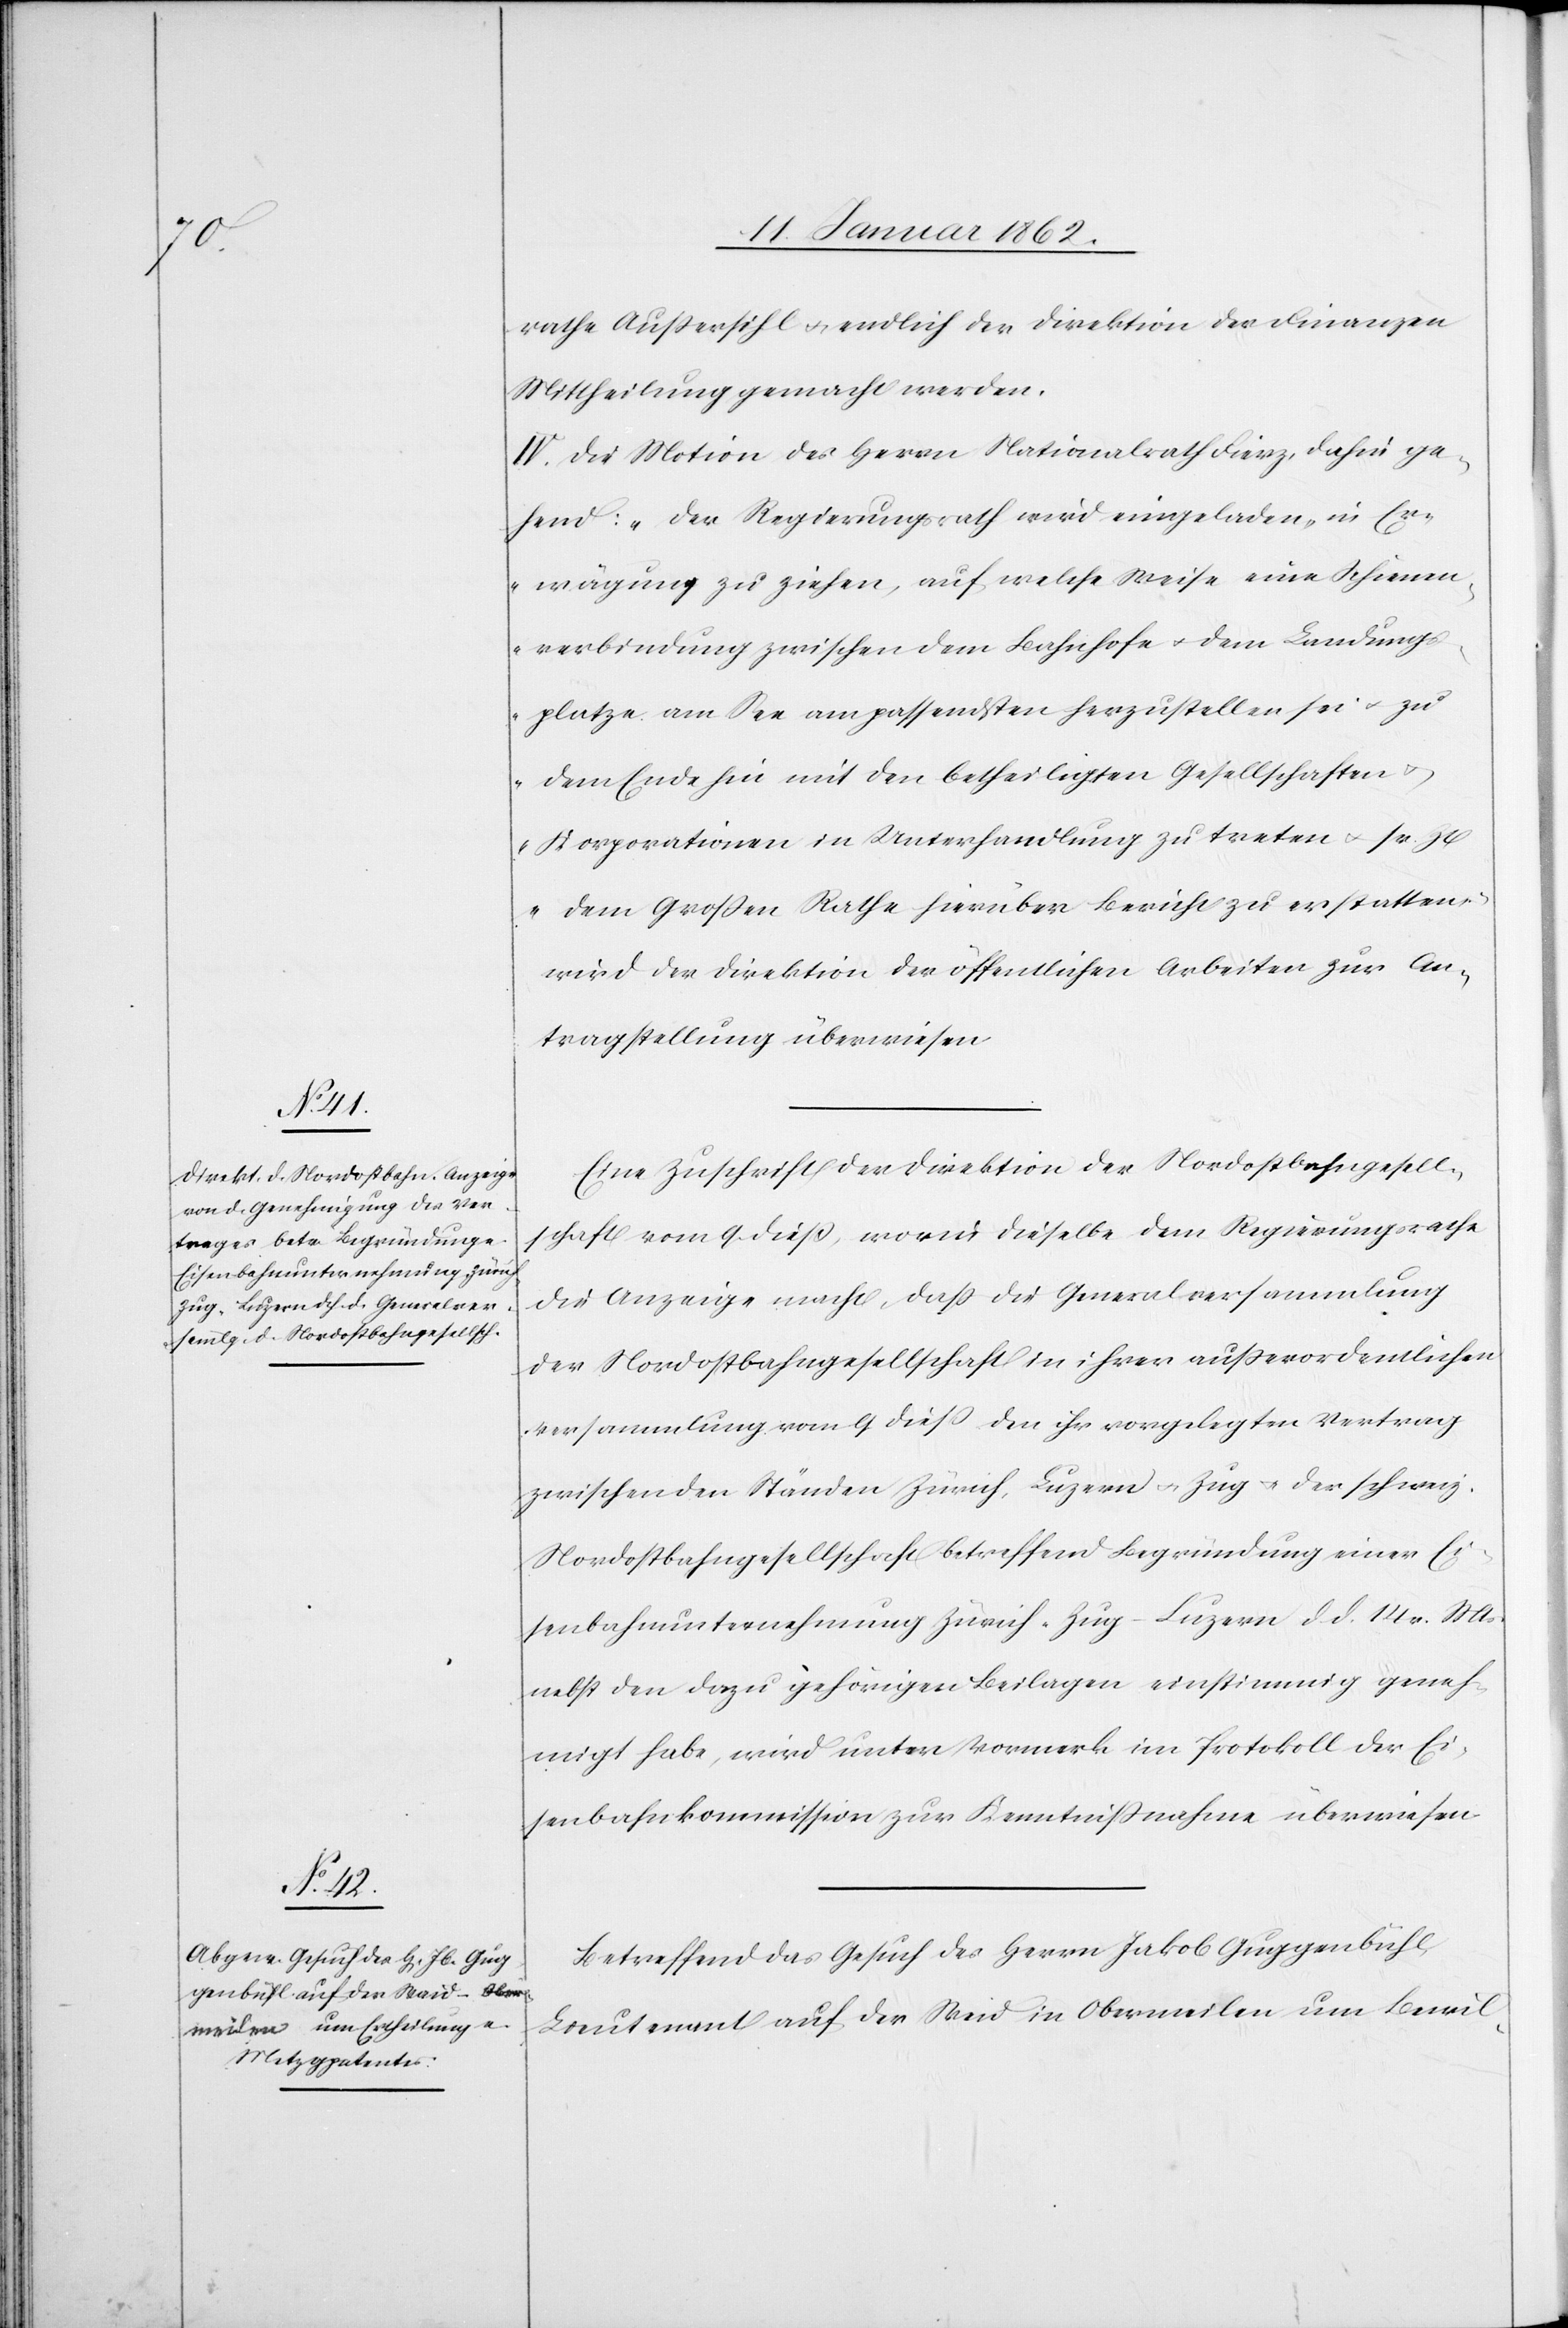
rathe Außersihl u. endlich der Direktion der Finanzen
Mittheilung gemacht werden.
IV. Die Motion des Herrn Nationalrath Fierz, dahin ge¬
hend: „Der Regierungsrath wird eingeladen, in Er¬
wägung zu ziehen, auf welche Weise eine Schienen¬
verbindung zwischen dem Bahnhofe u. dem Landungs¬
platze am See am passendsten herzustellen sei u. zu
dem Ende hin mit den betheiligten Gesellschaften u.
Korporationen in Unterhandlung zu treten u. sr. Z¬
t dem Großen Rathe hierüber Bericht zu erstatten“,
wird der Direktion der öffentlichen Arbeiten zur An¬
tragstellung überwiesen.
Eine Zuschrift der Direktion der Nordostbahngesell¬
schaft vom 9. dieß, worin dieselbe dem Regierungsrathe
die Anzeige macht, daß die Generalversammlung
der Nordostbahngesellschaft in ihrer außerordentlichen
Versammlung vom 9 dieß den ihr vorgelegten Vertrag
zwischen den Ständen Zürich, Luzern u. Zug u. der schweiz.
Nordostbahngesellschaft betreffend Begründung einer Ei¬
senbahnunternehmung Zürich–Zug–Luzern d. d. 14 v. Mts.
nebst den dazu gehörigen Beilagen einstimmig geneh¬
migt habe, wird unter Vormerk im Protokoll der Ei¬
senbahnkommission zur Kenntnißnahme überwiesen.
Betreffend das Gesuch des Herrn Jakob Guggenbühl,
Lieutenant auf der Weid [sic!] in Obermeilen um Bewil-